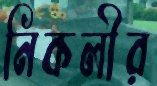
নিকলীর